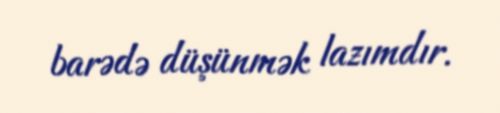
barədə düşünmək lazımdır.